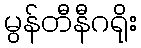
မွန်တီနီဂရိုး